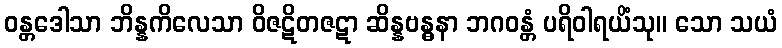
ဝန္တဒေါသာ ဘိန္နကိလေသာ ဝိဇဋိတဇဋာ ဆိန္နဗန္ဓနာ ဘဂဝန္တံ ပရိဝါရယိံသု။ သော သယံ